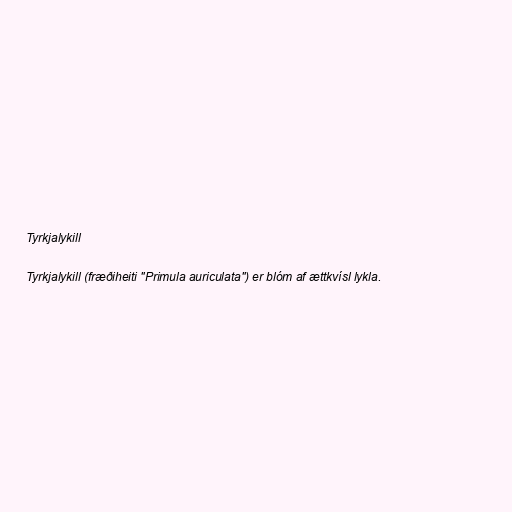
Tyrkjalykill

Tyrkjalykill (fræðiheiti "Primula auriculata") er blóm af ættkvísl lykla.